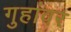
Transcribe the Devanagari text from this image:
गुहांवर